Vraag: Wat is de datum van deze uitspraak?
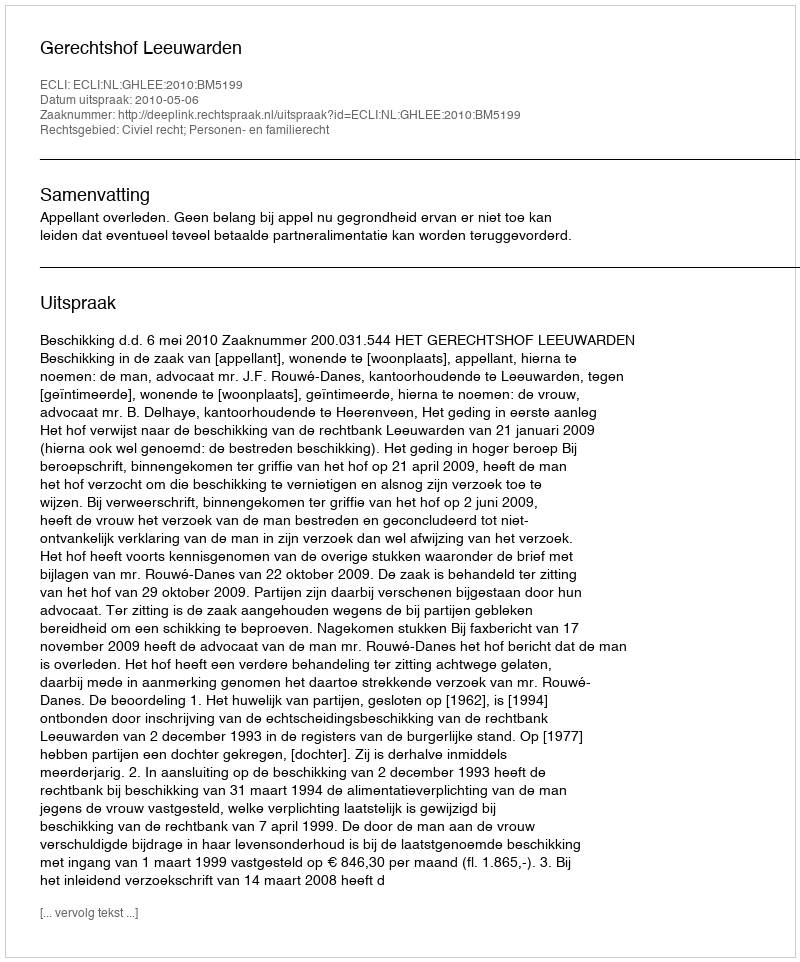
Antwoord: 2010-05-06